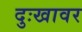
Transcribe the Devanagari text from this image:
दुःखावर